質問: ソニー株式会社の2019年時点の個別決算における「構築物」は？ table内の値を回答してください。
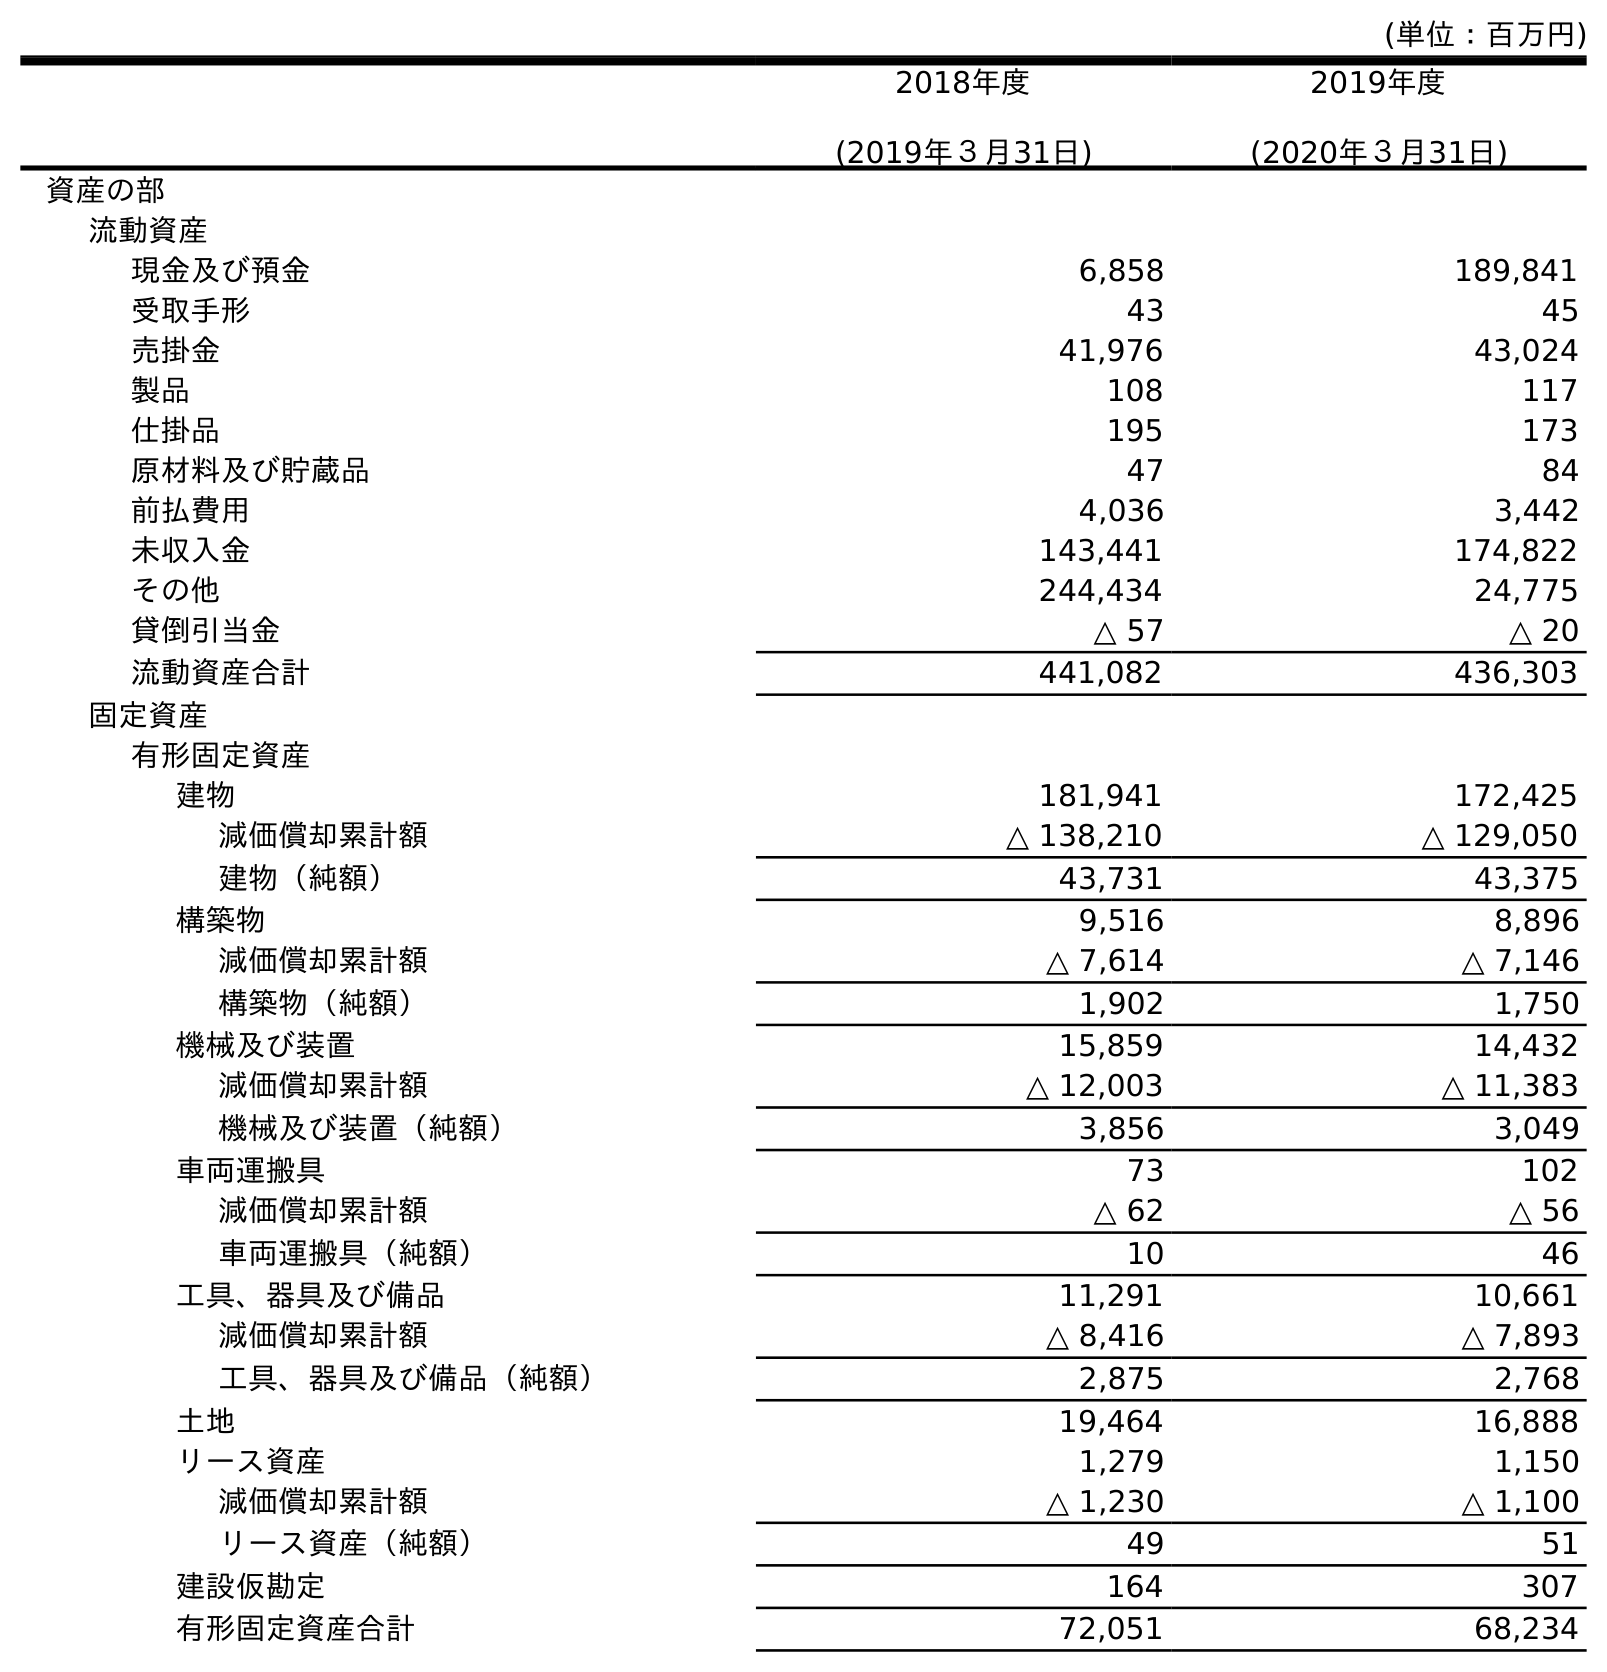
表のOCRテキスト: (単位：百万円) 2018年度 (2019年３月31日) 2019年度 (2020年３月31日) 資産の部 流動資産 現金及び預金 6,858 189,841 受取手形 43 45 売掛金 41,976 43,024 製品 108 117 仕掛品 195 173 原材料及び貯蔵品 47 84 前払費用 4,036 3,442 未収入金 143,441 174,822 その他 244,434 24,775 貸倒引当金 △ 57 △ 20 流動資産合計 441,082 436,303 固定資産 有形固定資産 建物 181,941 172,425 減価償却累計額 △ 138,210 △ 129,050 建物（純額） 43,731 43,375 構築物 9,516 8,896 減価償却累計額 △ 7,614 △ 7,146 構築物（純額） 1,902 1,750 機械及び装置 15,859 14,432 減価償却累計額 △ 12,003 △ 11,383 機械及び装置（純額） 3,856 3,049 車両運搬具 73 102 減価償却累計額 △ 62 △ 56 車両運搬具（純額） 10 46 工具、器具及び備品 11,291 10,661 減価償却累計額 △ 8,416 △ 7,893 工具、器具及び備品（純額） 2,875 2,768 土地 19,464 16,888 リース資産 1,279 1,150 減価償却累計額 △ 1,230 △ 1,100 リース資産（純額） 49 51 建設仮勘定 164 307 有形固定資産合計 72,051 68,234
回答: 9,516